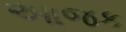
આજક